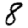
Digit: 8